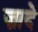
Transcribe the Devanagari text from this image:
ज़ादे